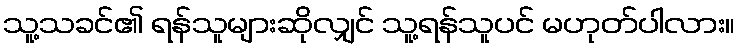
သူ့သခင်၏ ရန်သူများဆိုလျှင် သူ့ရန်သူပင် မဟုတ်ပါလား။